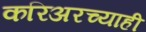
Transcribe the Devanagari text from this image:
करिअरच्याही